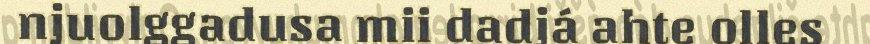
njuolggadusa mii dadjá ahte olles